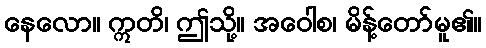
နေလော။ ဣတိ၊ ဤသို့။ အဝေါစ၊ မိန့်တော်မူ၏။